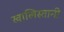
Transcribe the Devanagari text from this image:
खालिस्तानी